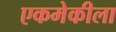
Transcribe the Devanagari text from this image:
एकमेकीला